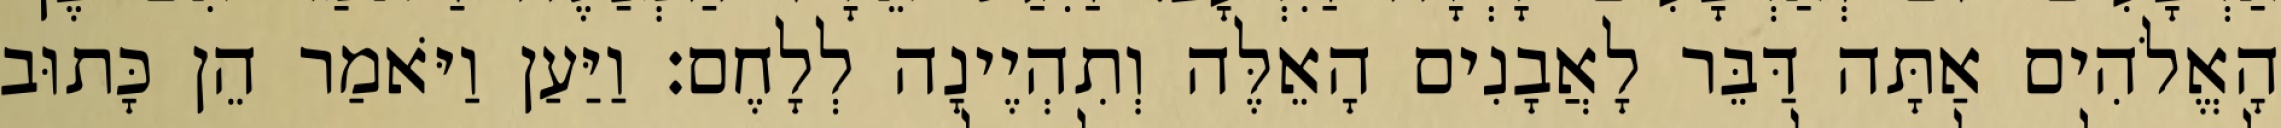
הָאֱלֹהִים אַתָּה דַּבֵּר לָאֲבָנִים הָאֵלֶּה וְתִהְיֶינָה לְלָחֶם׃ וַיַּעַן וַיֹּאמַר הֵן כָּתוּב